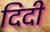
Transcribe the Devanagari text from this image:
दिदी